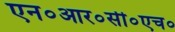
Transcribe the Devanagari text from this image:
एन०आर०सी०एच०